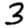
Digit: 3